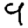
Digit: 9